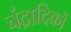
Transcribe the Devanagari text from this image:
चंद्रादिकों